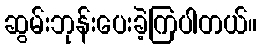
ဆွမ်းဘုန်းပေးခဲ့ကြပါတယ်။